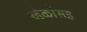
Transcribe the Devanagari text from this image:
खेळीसह